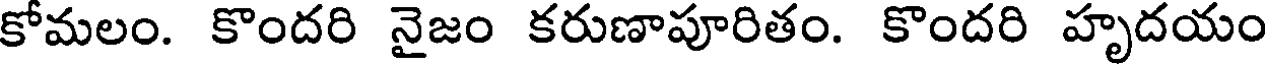
కోమలం. కొందరి నైజం కరుణాపూరితం. కొందరి హృదయం